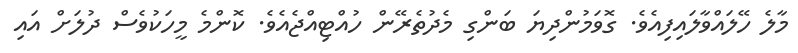
މާލެ ހޭލައްވާލައިފިއެވެ. ގޮވަމުންދިޔަ ބަންގި މެދުތެރޭން ހުއްޓިއްޖެއެވެ. ކޮންމެ މީހަކުވެސް ދުލަށް އައި